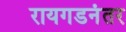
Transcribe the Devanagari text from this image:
रायगडनंतर